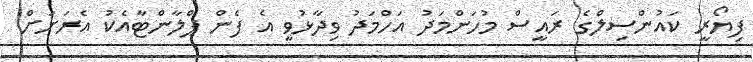
ފިޔޯރީ ކައުންސިލްގެ ރައީސް މުހަންމަދު އަހްމަދު ވިދާޅުވީ އެ ފެން ޕްލާންޓާއެކު އެރަށަށް